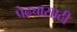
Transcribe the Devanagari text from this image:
पेढ्यासाठी